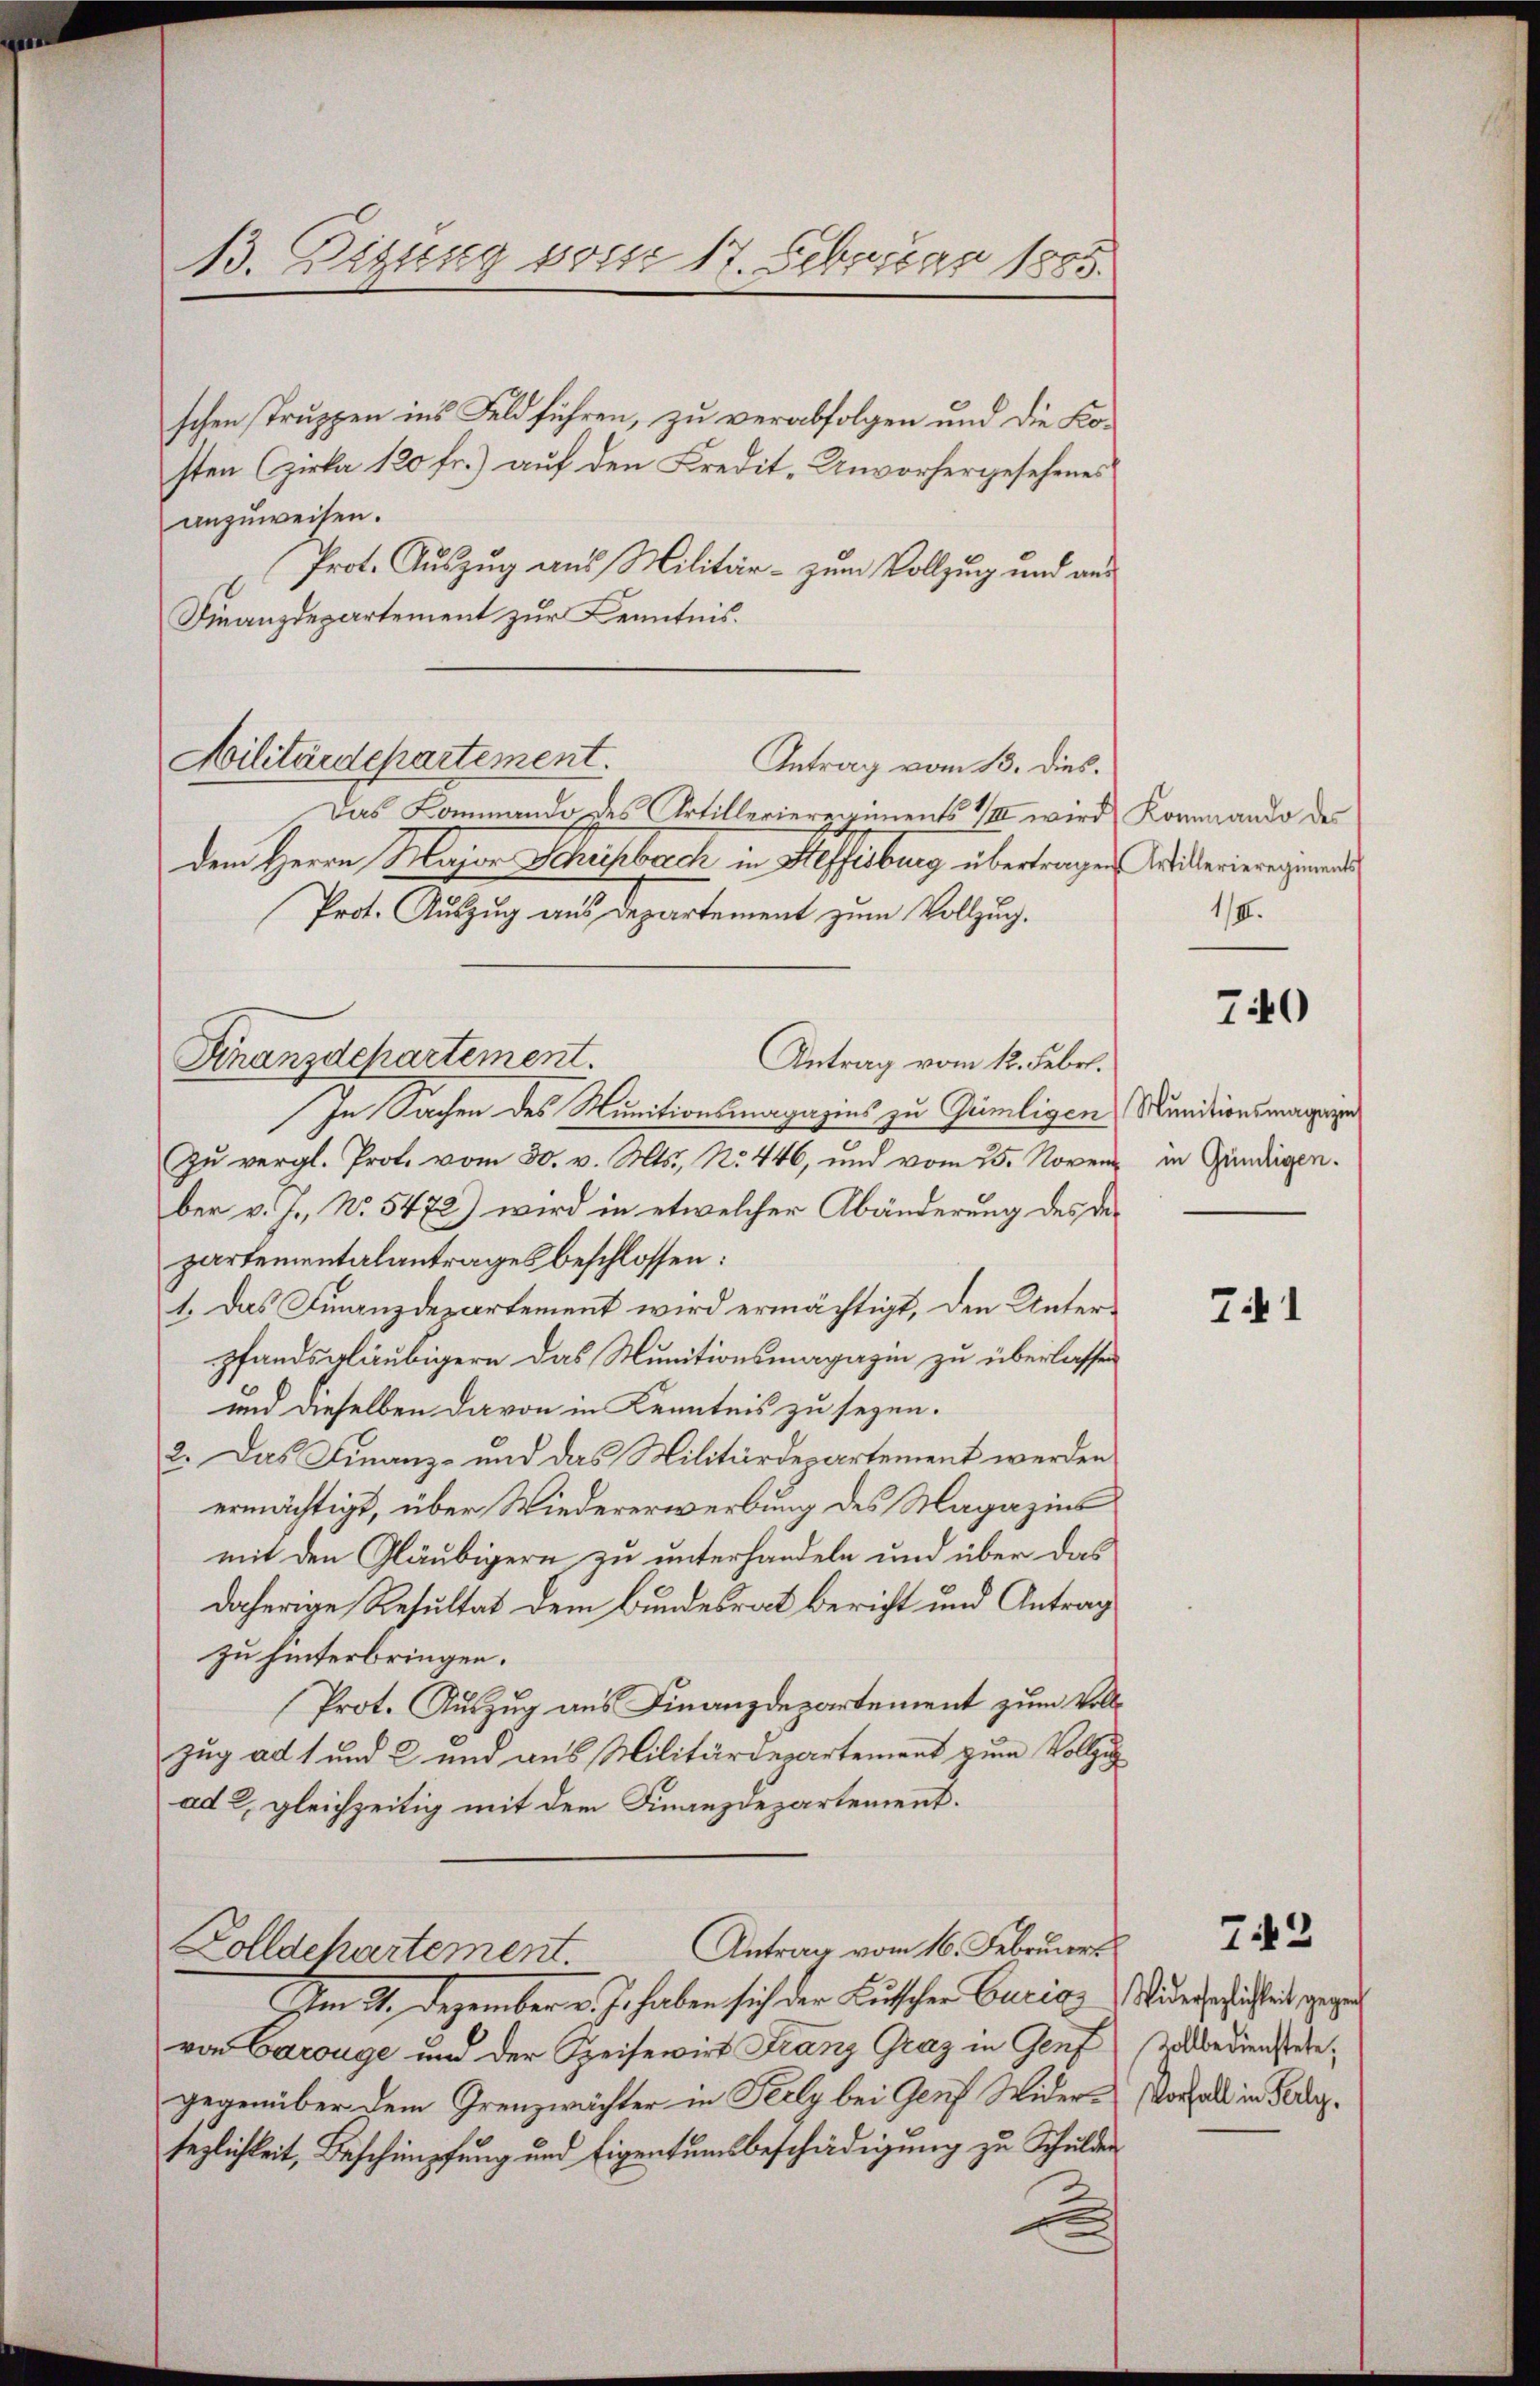
B. Digung vom 17. Februar 1865.

Militärdepartement.
Antrag vom 13. dies.

schen Truppen ins Feld führen, zu verabfolgen und die Kosten (zirka 120 fr.) auf den Kredit-Unvorhergesehenes
anzuweisen.
Prot. Auszug aus Militär- zum Vollzug und aus
Finanzdepartement zur Kenntnis.
Das Kommando des Artillerieregiments III wird, Kommando des
dem Herrn Major Schrifbrech in Heffisburg übertragen Willerieregende
Prot. Auszug aus Departement zum Vollzug.
Finanzdepartement.
Antrag vom 12. Febr.
In Sachen des Munitionsmagazins zu Gümligen Munitionsmagegen
Zu vergl. Prof. vom 30. v. Mts., No. 446, und vom 25. Noven in Gündigen.
ber v. J. No. 5472) wird in etwelcher Abänderung des des
partementalantrages beschlossen:
1. Das Finanzdepartement wird ermächtigt, den Unterpfandsgläubigern das Munitionsmagazin zu überlassen
und dieselben davon in Kenntnis zu seyen.
2. Das Finanz- und das Militärdepartement werden
ermächtigt, über Wiedererwerbung des Magazins
mit den Gläubigern zu unterhandeln und über das
daherige Resultat dem Bundesrat bericht und Antrag
zu hinterbringen.
Prot. Auszug aus Finanzdepartement zum Vollzug ad 1 und 2 und aus Militärdepartement zum Vollzug
ad 2, gleichzeitig mit dem Finanzdepartement.
Antrag vom 16. Februar
Zolldepartement.
Im 31. Dezember v. J. haben sich der Buschen Curia Widerschichtet, gege
von Carouge und der Speisewirt Franz Graz in Genf vollbedienstete,
gegenüber dem Grenzwächter in Felly bei Genf Wider-Vorfall in Fersezlichkeit, Beschimpfung und Eigentumsbeschädigung zu Schulden
h

1/II.

740

T.1

72